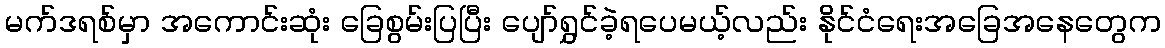
မက်ဒရစ်မှာ အကောင်းဆုံး ခြေစွမ်းပြပြီး ပျော်ရွှင်ခဲ့ရပေမယ့်လည်း နိုင်ငံရေးအခြေအနေတွေက